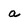
Character: a